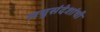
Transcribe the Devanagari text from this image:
लघुसंदेशांची